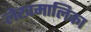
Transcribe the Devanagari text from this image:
लेखमालिका